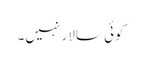
کوئی سالار نہیں۔